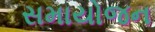
સમાયોજન